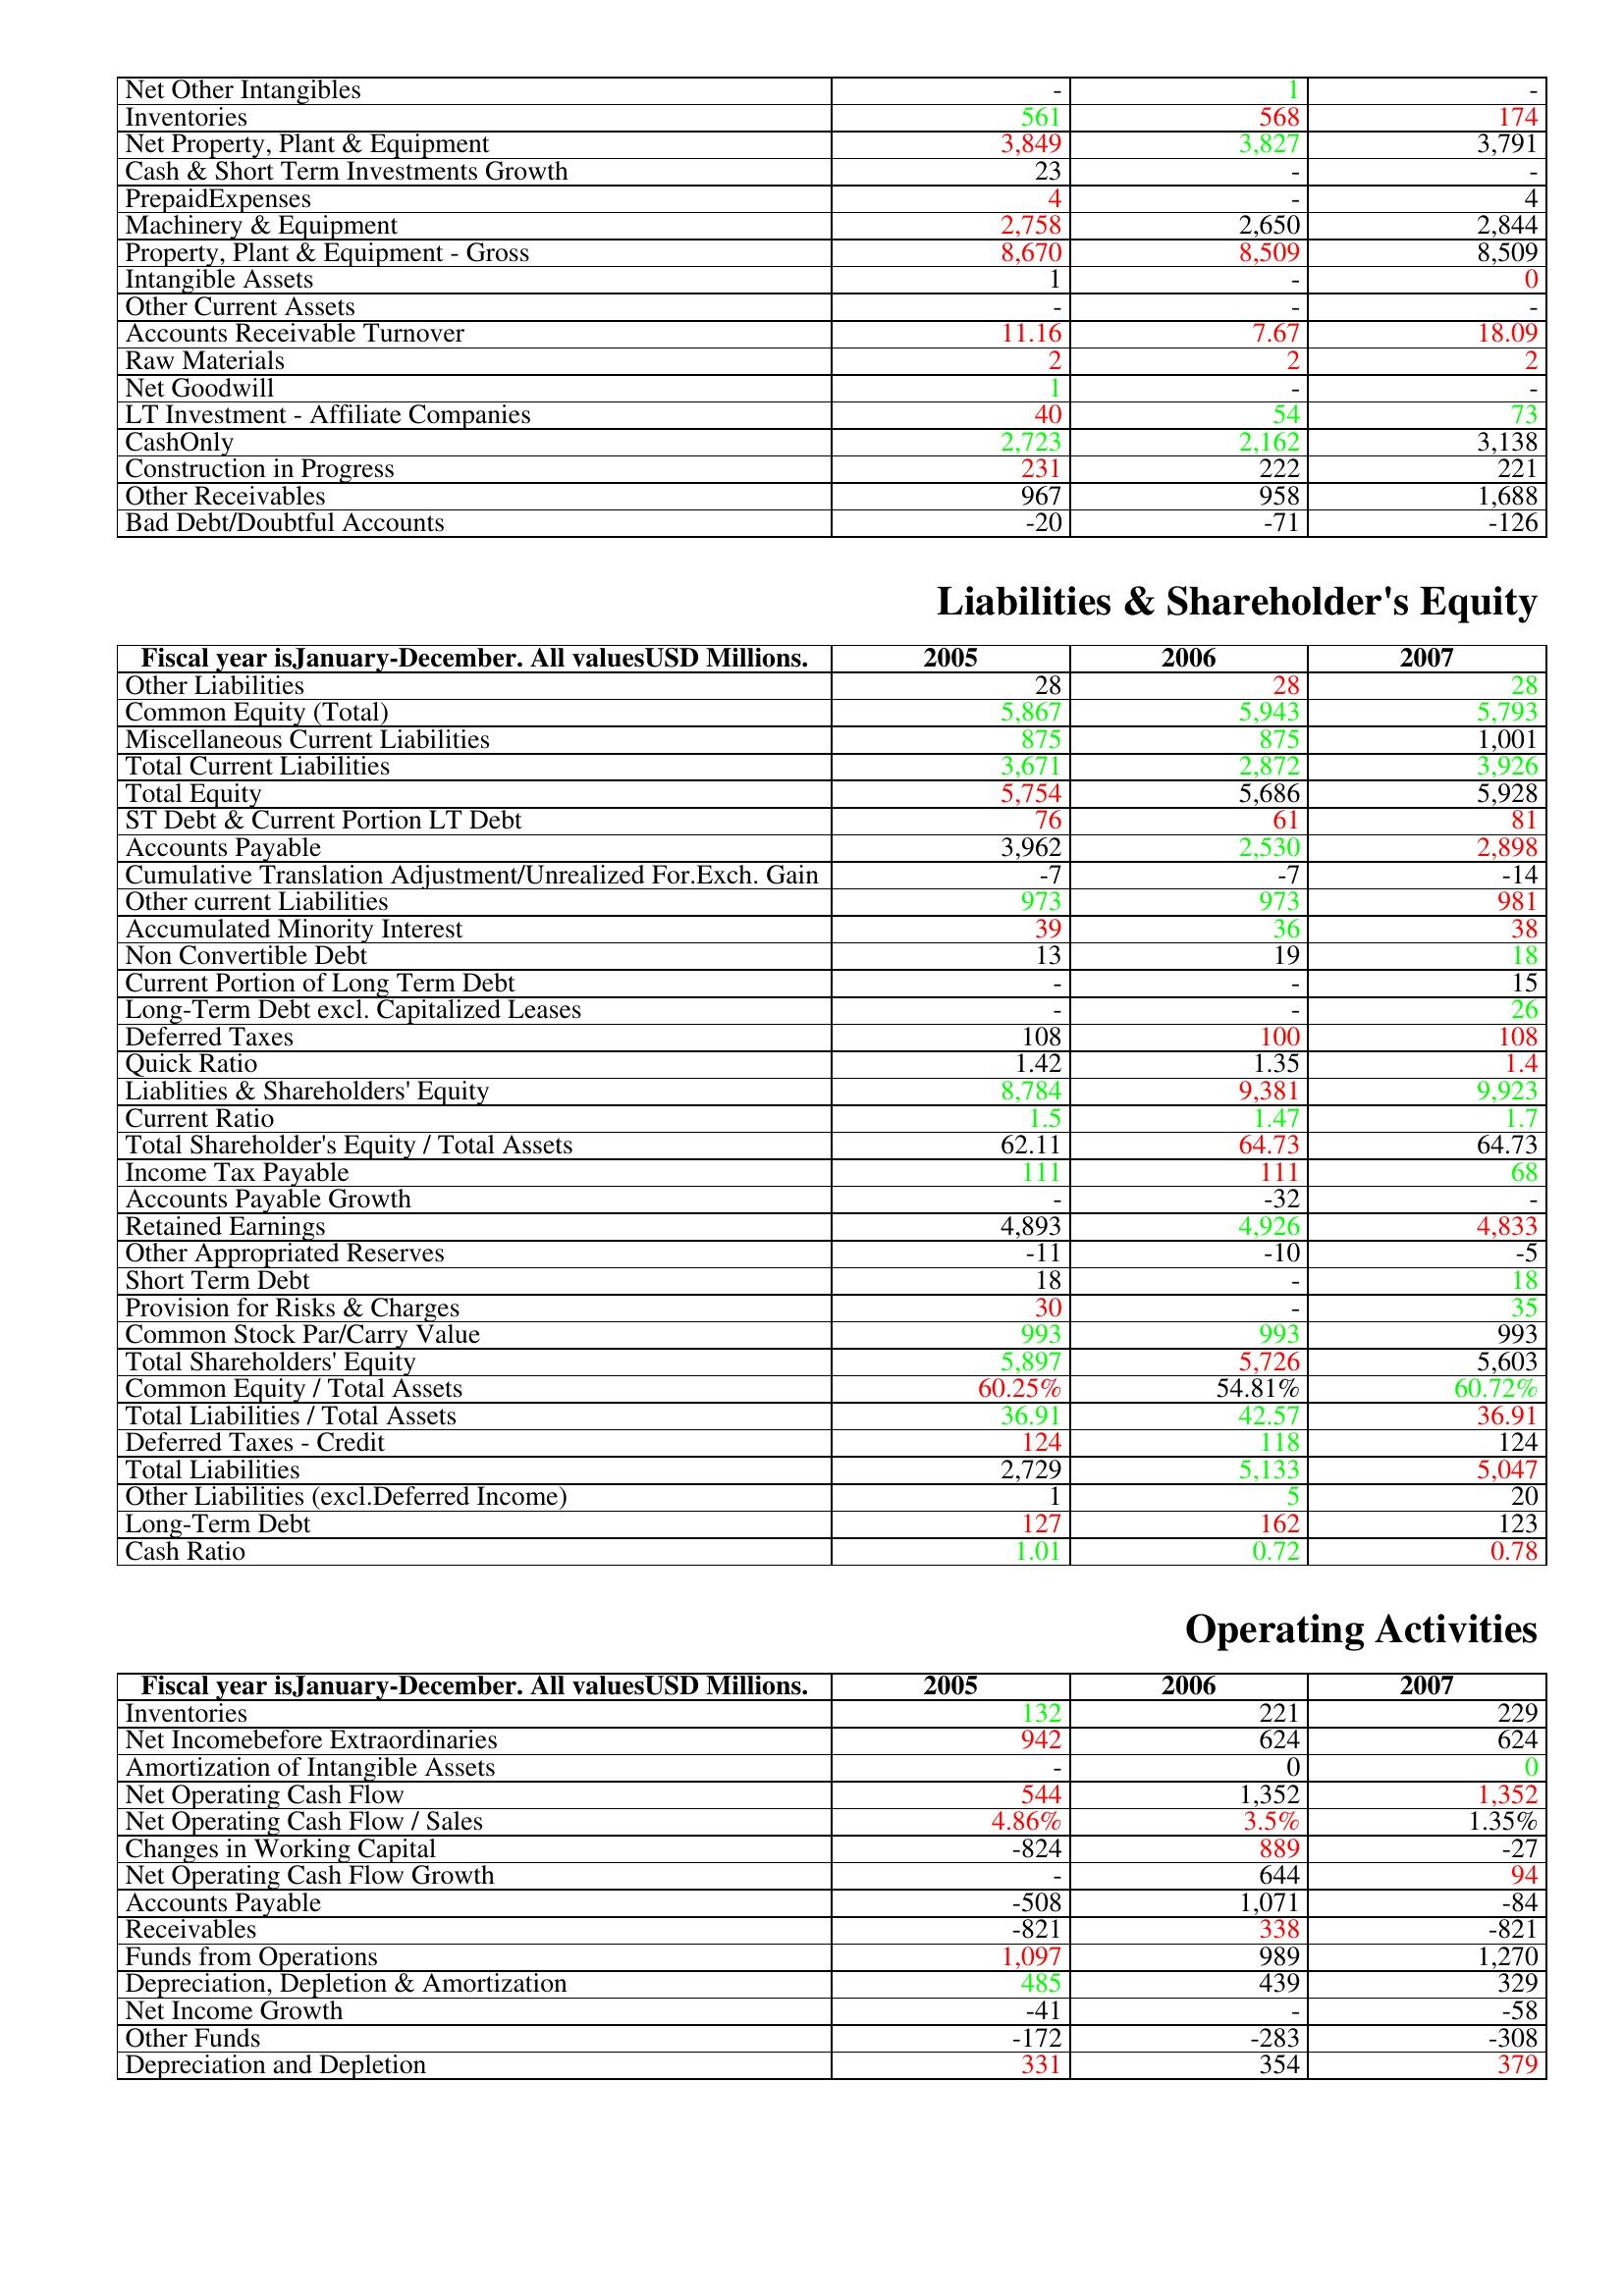
gt_parse: 2005: Assets: Net Other Intangibles: -
Inventories: 561
Net Property, Plant & Equipment: 3,849
Cash & Short Term Investments Growth: 23
PrepaidExpenses: 4
Machinery & Equipment: 2,758
Property, Plant & Equipment - Gross : 8,670
Intangible Assets: 1
Other Current Assets: -
Accounts Receivable Turnover: 11.16
Raw Materials: 2
Net Goodwill: 1
LT Investment - Affiliate Companies: 40
CashOnly: 2,723
Construction in Progress: 231
Other Receivables: 967
Bad Debt/Doubtful Accounts: -20
Liabilities & Shareholder's Equity: Other Liabilities: 28
Common Equity (Total): 5,867
Miscellaneous Current Liabilities: 875
Total Current Liabilities: 3,671
Total Equity: 5,754
ST Debt & Current Portion LT Debt: 76
Accounts Payable: 3,962
Cumulative Translation Adjustment/Unrealized For.Exch. Gain: -7
Other current Liabilities: 973
Accumulated Minority Interest: 39
Non Convertible Debt: 13
Current Portion of Long Term Debt: -
Long-Term Debt excl. Capitalized Leases: -
Deferred Taxes: 108
Quick Ratio: 1.42
Liablities & Shareholders' Equity: 8,784
Current Ratio: 1.5
Total Shareholder's Equity / Total Assets: 62.11
Income Tax Payable: 111
Accounts Payable Growth: -
Retained Earnings: 4,893
Other Appropriated Reserves: -11
Short Term Debt: 18
Provision for Risks & Charges: 30
Common Stock Par/Carry Value: 993
Total Shareholders' Equity: 5,897
Common Equity / Total Assets: 60.25%
Total Liabilities / Total Assets: 36.91
Deferred Taxes - Credit: 124
Total Liabilities: 2,729
Other Liabilities (excl.Deferred Income): 1
Long-Term Debt: 127
Cash Ratio: 1.01
Operating Activities: Inventories: 132
Net Incomebefore Extraordinaries: 942
Amortization of Intangible Assets: -
Net Operating Cash Flow: 544
Net Operating Cash Flow / Sales: 4.86%
Changes in Working Capital: -824
Net Operating Cash Flow Growth: -
Accounts Payable: -508
Receivables: -821
Funds from Operations: 1,097
Depreciation, Depletion & Amortization: 485
Net Income Growth: -41
Other Funds: -172
Depreciation and Depletion: 331
2006: Assets: Net Other Intangibles: 1
Inventories: 568
Net Property, Plant & Equipment: 3,827
Cash & Short Term Investments Growth: -
PrepaidExpenses: -
Machinery & Equipment: 2,650
Property, Plant & Equipment - Gross : 8,509
Intangible Assets: -
Other Current Assets: -
Accounts Receivable Turnover: 7.67
Raw Materials: 2
Net Goodwill: -
LT Investment - Affiliate Companies: 54
CashOnly: 2,162
Construction in Progress: 222
Other Receivables: 958
Bad Debt/Doubtful Accounts: -71
Liabilities & Shareholder's Equity: Other Liabilities: 28
Common Equity (Total): 5,943
Miscellaneous Current Liabilities: 875
Total Current Liabilities: 2,872
Total Equity: 5,686
ST Debt & Current Portion LT Debt: 61
Accounts Payable: 2,530
Cumulative Translation Adjustment/Unrealized For.Exch. Gain: -7
Other current Liabilities: 973
Accumulated Minority Interest: 36
Non Convertible Debt: 19
Current Portion of Long Term Debt: -
Long-Term Debt excl. Capitalized Leases: -
Deferred Taxes: 100
Quick Ratio: 1.35
Liablities & Shareholders' Equity: 9,381
Current Ratio: 1.47
Total Shareholder's Equity / Total Assets: 64.73
Income Tax Payable: 111
Accounts Payable Growth: -32
Retained Earnings: 4,926
Other Appropriated Reserves: -10
Short Term Debt: -
Provision for Risks & Charges: -
Common Stock Par/Carry Value: 993
Total Shareholders' Equity: 5,726
Common Equity / Total Assets: 54.81%
Total Liabilities / Total Assets: 42.57
Deferred Taxes - Credit: 118
Total Liabilities: 5,133
Other Liabilities (excl.Deferred Income): 5
Long-Term Debt: 162
Cash Ratio: 0.72
Operating Activities: Inventories: 221
Net Incomebefore Extraordinaries: 624
Amortization of Intangible Assets: 0
Net Operating Cash Flow: 1,352
Net Operating Cash Flow / Sales: 3.5%
Changes in Working Capital: 889
Net Operating Cash Flow Growth: 644
Accounts Payable: 1,071
Receivables: 338
Funds from Operations: 989
Depreciation, Depletion & Amortization: 439
Net Income Growth: -
Other Funds: -283
Depreciation and Depletion: 354
2007: Assets: Net Other Intangibles: -
Inventories: 174
Net Property, Plant & Equipment: 3,791
Cash & Short Term Investments Growth: -
PrepaidExpenses: 4
Machinery & Equipment: 2,844
Property, Plant & Equipment - Gross : 8,509
Intangible Assets: 0
Other Current Assets: -
Accounts Receivable Turnover: 18.09
Raw Materials: 2
Net Goodwill: -
LT Investment - Affiliate Companies: 73
CashOnly: 3,138
Construction in Progress: 221
Other Receivables: 1,688
Bad Debt/Doubtful Accounts: -126
Liabilities & Shareholder's Equity: Other Liabilities: 28
Common Equity (Total): 5,793
Miscellaneous Current Liabilities: 1,001
Total Current Liabilities: 3,926
Total Equity: 5,928
ST Debt & Current Portion LT Debt: 81
Accounts Payable: 2,898
Cumulative Translation Adjustment/Unrealized For.Exch. Gain: -14
Other current Liabilities: 981
Accumulated Minority Interest: 38
Non Convertible Debt: 18
Current Portion of Long Term Debt: 15
Long-Term Debt excl. Capitalized Leases: 26
Deferred Taxes: 108
Quick Ratio: 1.4
Liablities & Shareholders' Equity: 9,923
Current Ratio: 1.7
Total Shareholder's Equity / Total Assets: 64.73
Income Tax Payable: 68
Accounts Payable Growth: -
Retained Earnings: 4,833
Other Appropriated Reserves: -5
Short Term Debt: 18
Provision for Risks & Charges: 35
Common Stock Par/Carry Value: 993
Total Shareholders' Equity: 5,603
Common Equity / Total Assets: 60.72%
Total Liabilities / Total Assets: 36.91
Deferred Taxes - Credit: 124
Total Liabilities: 5,047
Other Liabilities (excl.Deferred Income): 20
Long-Term Debt: 123
Cash Ratio: 0.78
Operating Activities: Inventories: 229
Net Incomebefore Extraordinaries: 624
Amortization of Intangible Assets: 0
Net Operating Cash Flow: 1,352
Net Operating Cash Flow / Sales: 1.35%
Changes in Working Capital: -27
Net Operating Cash Flow Growth: 94
Accounts Payable: -84
Receivables: -821
Funds from Operations: 1,270
Depreciation, Depletion & Amortization: 329
Net Income Growth: -58
Other Funds: -308
Depreciation and Depletion: 379